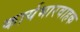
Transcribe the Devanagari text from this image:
कार्यभारवाहक